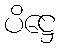
ပိဋ္ဌေ